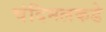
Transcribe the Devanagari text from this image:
चंदिमलकडे